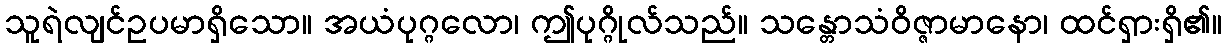
သူရဲလျင်ဥပမာရှိသော။ အယံပုဂ္ဂလော၊ ဤပုဂ္ဂိုလ်သည်။ သန္တောသံဝိဇ္ဇာမာနော၊ ထင်ရှားရှိ၏။